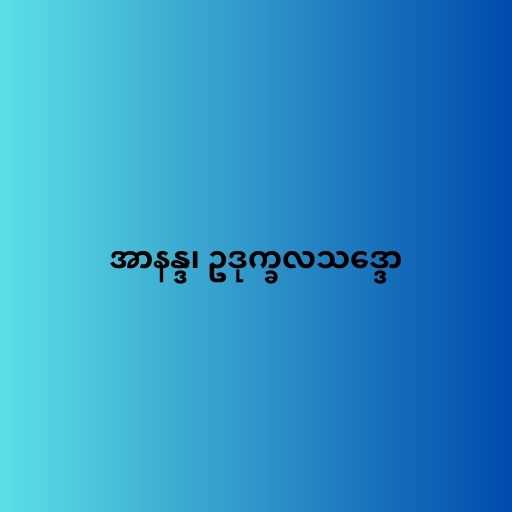
အာနန္ဒ၊ ဥဒုက္ခလသဒ္ဒော